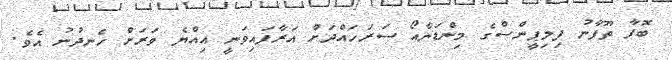
ބޮފާ ތޫފާނު ފިލިޕީންސްގެ މިންޑަނާއޯ ސަރަހައްދަށް އަރާފައިވަނީ އިއްޔެ ވަރަށް ހެނދުނު އެވެ.